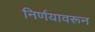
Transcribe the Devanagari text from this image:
निर्णयावरून